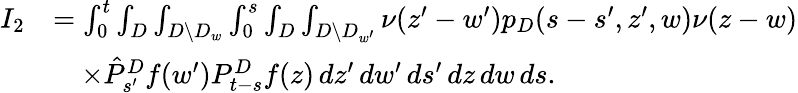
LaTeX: \begin{array}{rl}{I_{2}}&{=\int_{0}^{t}\int_{D}\int_{D\setminus D_{w}}\int_{0}^{s}\int_{D}\int_{D\setminus D_{w^{\prime}}}\nu(z^{\prime}-w^{\prime})p_{D}(s-s^{\prime},z^{\prime},w)\nu(z-w)}\\ &{\quad\times\hat{P}_{s^{\prime}}^{D}f(w^{\prime})P_{t-s}^{D}f(z)\, dz^{\prime}\, dw^{\prime}\, ds^{\prime}\, dz\, dw\, ds.}\end{array}